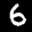
Digit: 6